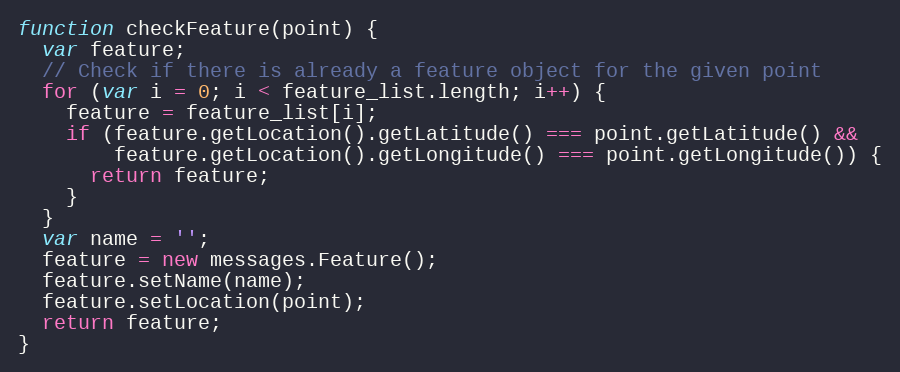
Language: JavaScript
function checkFeature(point) {
  var feature;
  // Check if there is already a feature object for the given point
  for (var i = 0; i < feature_list.length; i++) {
    feature = feature_list[i];
    if (feature.getLocation().getLatitude() === point.getLatitude() &&
        feature.getLocation().getLongitude() === point.getLongitude()) {
      return feature;
    }
  }
  var name = '';
  feature = new messages.Feature();
  feature.setName(name);
  feature.setLocation(point);
  return feature;
}